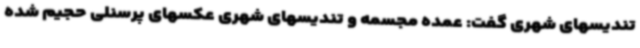
تندیسهای شهری گفت: عمده مجسمه و تندیسهای شهری عکسهای پرسنلی حجیم شده